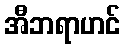
အီဘရာဟင်